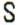
S